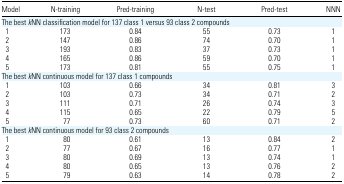
| Model | N-training | Pred-training | N-test | Pred-test | NNN |
 | --- | --- | --- | --- | --- | --- |
 | <COLSPAN=6> The best kNN classification model for 137 class 1 versus 93 class 2 compounds |
 | 1 | 173 | 0.84 | 55 | 0.73 | 1 |
 | 2 | 147 | 0.86 | 74 | 0.70 | 1 |
 | 3 | 193 | 0.83 | 37 | 0.73 | 1 |
 | 4 | 165 | 0.86 | 59 | 0.70 | 1 |
 | 5 | 173 | 0.81 | 55 | 0.75 | 1 |
 | <COLSPAN=6> The best kNN continuous model for 137 class 1 compounds |
 | 1 | 103 | 0.66 | 34 | 0.81 | 3 |
 | 2 | 103 | 0.73 | 34 | 0.71 | 2 |
 | 3 | 111 | 0.71 | 26 | 0.74 | 3 |
 | 4 | 115 | 0.65 | 22 | 0.79 | 5 |
 | 5 | 77 | 0.73 | 60 | 0.71 | 2 |
 | <COLSPAN=6> The best kNN continuous model for 93 class 2 compounds |
 | 1 | 80 | 0.61 | 13 | 0.84 | 2 |
 | 2 | 77 | 0.67 | 16 | 0.77 | 1 |
 | 3 | 80 | 0.69 | 13 | 0.74 | 1 |
 | 4 | 80 | 0.65 | 13 | 0.76 | 2 |
 | 5 | 79 | 0.63 | 14 | 0.78 | 2 |